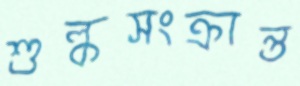
শুল্কসংক্রান্ত